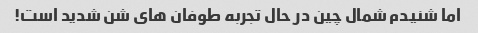
اما شنیدم شمال چین در حال تجربه طوفان های شن شدید است!